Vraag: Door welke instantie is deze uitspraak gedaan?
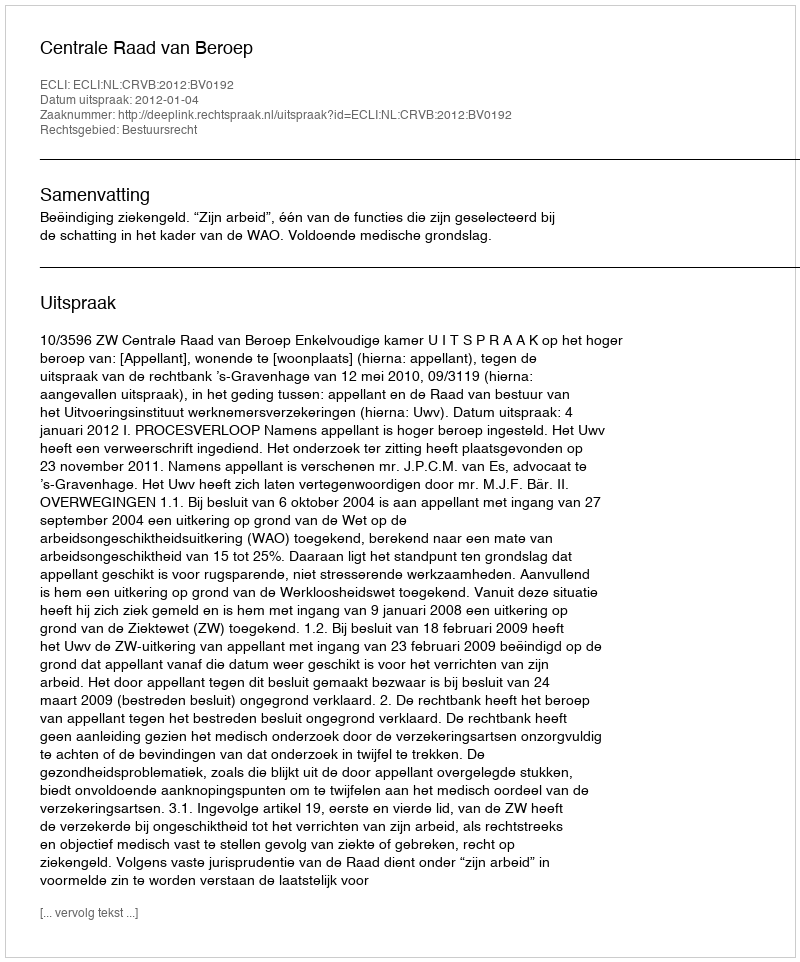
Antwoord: Centrale Raad van Beroep